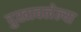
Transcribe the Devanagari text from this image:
दुखावलेल्या